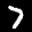
Label: 7